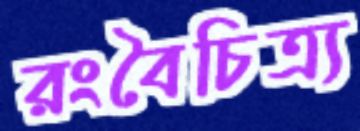
রংবৈচিত্র্য